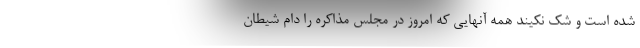
شده است و شک نکیند همه آنهایی که امروز در مجلس مذاکره را دام شیطان